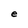
Character: e